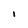
Character: l